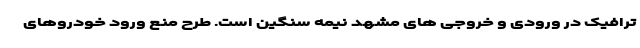
ترافیک در ورودی و خروجی های مشهد نیمه سنگین است. طرح منع ورود خودروهای